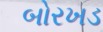
બોરખડ